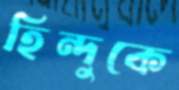
হিন্দুকে